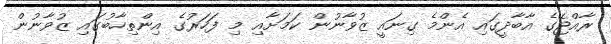
ރާއްޖޭގެ އާބާދީގައި އެންމެ ގިނައީ ޒުވާނުން ކަމަށާއި މި ފަހަރުގެ އިންތިހާބުގައި ޒުވާނުން